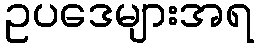
ဥပဒေများအရ